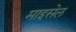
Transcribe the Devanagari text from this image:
माइसेल